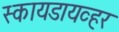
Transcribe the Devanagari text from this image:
स्कायडायव्हर